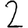
Digit: 2